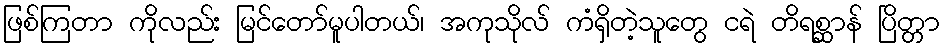
ဖြစ်ကြတာ ကိုလည်း မြင်တော်မူပါတယ်၊ အကုသိုလ် ကံရှိတဲ့သူတွေ ငရဲ တိရစ္ဆာန် ပြိတ္တာ